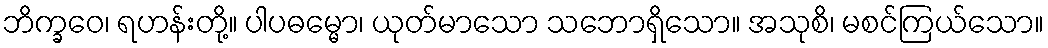
ဘိက္ခဝေ၊ ရဟန်းတို့။ ပါပဓမ္မော၊ ယုတ်မာသော သဘောရှိသော။ အသုစိ၊ မစင်ကြယ်သော။